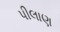
પીલાણ